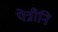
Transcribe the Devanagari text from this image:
पेत्रीनि